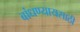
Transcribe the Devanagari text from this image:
बांधण्यायसाठी